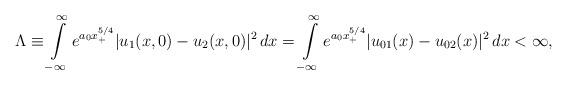
LaTeX: \begin{align*}\Lambda\equiv\int\limits_{-\infty}^{\infty} e^{a_0 x_{+}^{5/4}} |u_1(x,0)-u_2(x,0)|^2\,dx= \int\limits_{-\infty}^{\infty} e^{a_0 x_{+}^{5/4}} |u_{01}(x)-u_{02}(x)|^2\,dx <\infty,\end{align*}